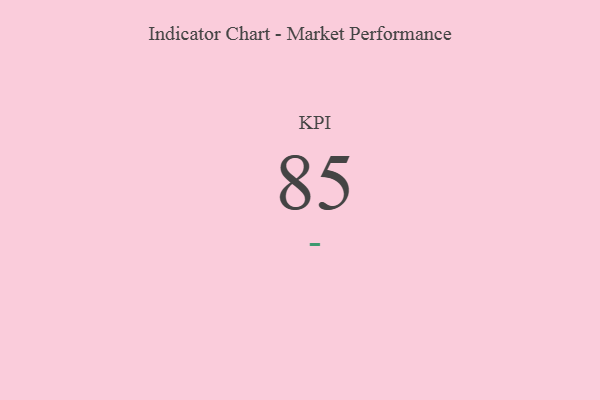
{"axis": {"x": "KPI", "y": "Value"}, "legend": [""], "data": [{"x": "KPI", "y": 85, "type": ""}]}